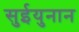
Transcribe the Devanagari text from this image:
सुईयुनान